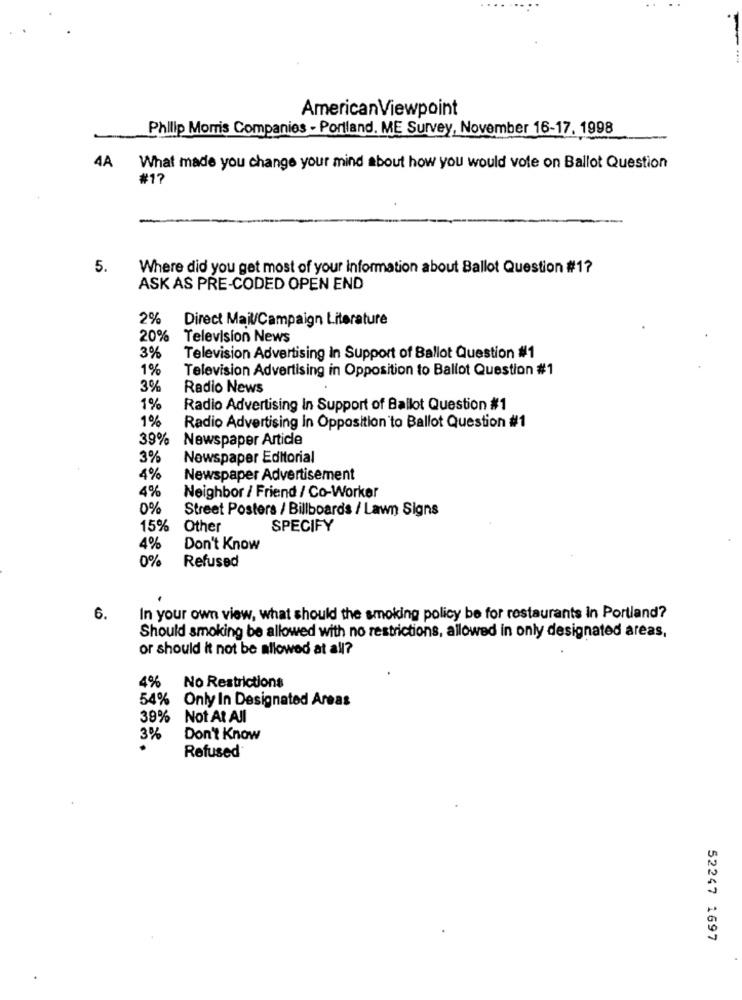
AmericanViewpoint
Philip Morris Companies - Portland. ME Survey, November 16-17. 1998
4A
What made you change your mind about how you would vote on Ballot Question
#17
5.
Where did you get most of your information about Ballot Question #1?
ASK AS PRE-CODED OPEN END
2%
Direct Mail/Campaign Literature
20%
Television News
3%
Television Advertising In Support of Ballot Question #1
1%
Television Advertising in Opposition to Ballot Question #1
3%
Radio News
1%
Radio Advertising In Support of Ballot Question #1
1%
Radio Advertising In Opposition to Ballot Question #1
39%
Newspaper Article
3%
Newspaper Editorial
4%
Newspaper Advertisement
4%
Neighbor / Friend / Co-Worker
0%
Street Posters / Billboards / Lawn Signs
15%
Other
SPECIFY
4%
Don't Know
0%
Refused
6.
In your own view, what should the smoking policy be for restaurants In Portland?
Should smoking be allowed with no restrictions, allowed in only designated areas,
or should it not be allowed at all?
No Restrictions
4%
54% Only In Designated Areas
39%
Not At All
3%
Don't Know
.
Refused
52247 1697